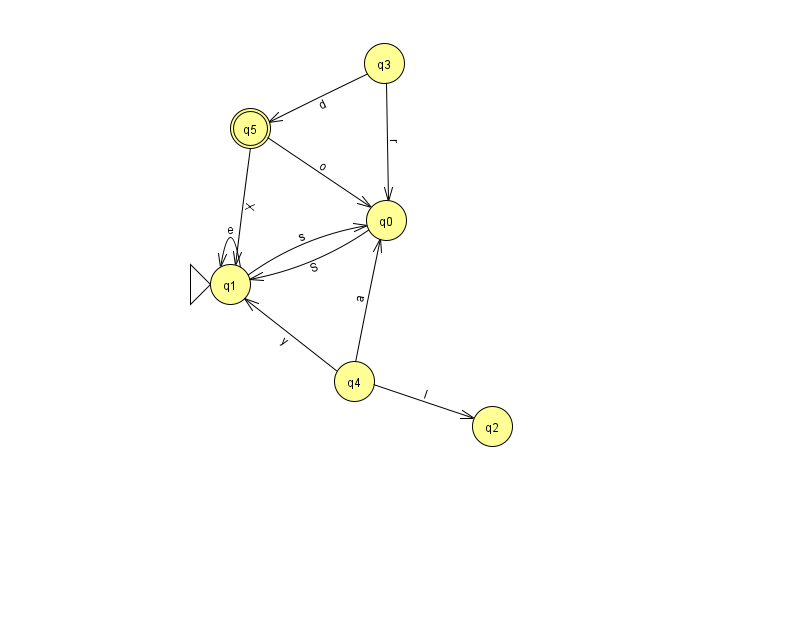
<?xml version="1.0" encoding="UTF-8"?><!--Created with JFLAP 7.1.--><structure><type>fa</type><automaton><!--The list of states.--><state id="0" name="q0"><x>386.0</x><y>207.0</y></state><state id="1" name="q1"><x>230.0</x><y>271.0</y><initial/></state><state id="2" name="q2"><x>492.0</x><y>413.0</y></state><state id="3" name="q3"><x>384.0</x><y>50.0</y></state><state id="4" name="q4"><x>354.0</x><y>368.0</y></state><state id="5" name="q5"><x>250.0</x><y>115.0</y><final/></state><!--The list of transitions.--><transition><from>4</from><to>2</to><read>I</read></transition><transition><from>5</from><to>0</to><read>o</read></transition><transition><from>3</from><to>5</to><read>d</read></transition><transition><from>4</from><to>0</to><read>a</read></transition><transition><from>1</from><to>1</to><read>e</read></transition><transition><from>4</from><to>1</to><read>y</read></transition><transition><from>0</from><to>1</to><read>S</read></transition><transition><from>1</from><to>0</to><read>s</read></transition><transition><from>3</from><to>0</to><read>r</read></transition><transition><from>5</from><to>1</to><read>X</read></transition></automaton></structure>